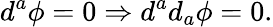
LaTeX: d^{a}\phi=0\Rightarrow d^{a}d_{a}\phi=0.